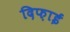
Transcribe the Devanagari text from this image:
दिफ़ाई